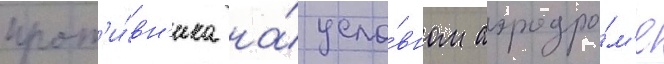
прот'и́вн'ика на́ усло́вном аэродро́м'е